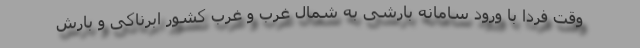
وقت فردا با ورود سامانه بارشی به شمال غرب و غرب کشور ابرناکی و بارش